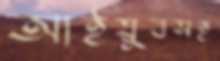
আইয়ুবসহ